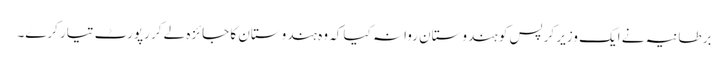
برطانیہ نے ایک وزیر کرپس کو ہندوستان روانہ کیا کہ وہ ہندوستان کا جائزہ لے کر رپورٹ تیار کرے۔